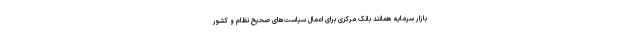
بازار سرمایه همانند بانک مرکزی برای اعمال سیاست‌های صحیح نظام و کشور